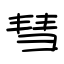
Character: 彗